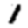
Digit: 1